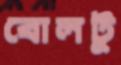
বোলটু